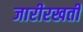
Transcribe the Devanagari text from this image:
जारीरखती